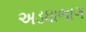
અડધાભાગ